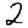
Digit: 2